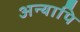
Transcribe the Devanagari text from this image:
अन्यापि